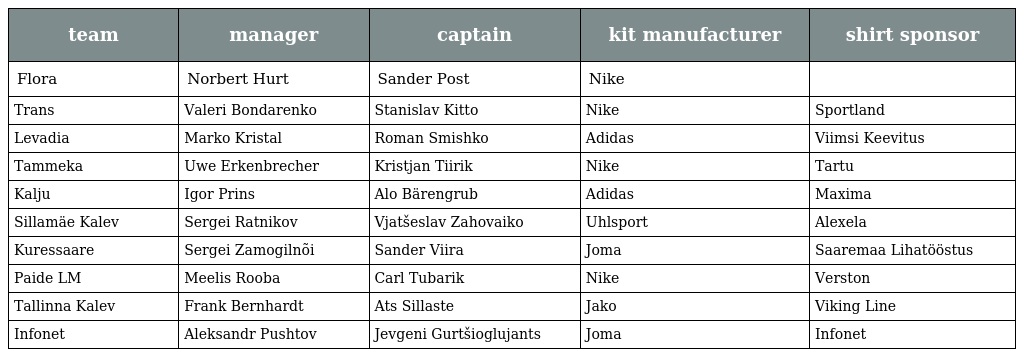
| team | manager | captain | kit manufacturer | shirt sponsor |
 | --- | --- | --- | --- | --- |
 | Flora | Norbert Hurt | Sander Post | Nike |  |
 | Trans | Valeri Bondarenko | Stanislav Kitto | Nike | Sportland |
 | Levadia | Marko Kristal | Roman Smishko | Adidas | Viimsi Keevitus |
 | Tammeka | Uwe Erkenbrecher | Kristjan Tiirik | Nike | Tartu |
 | Kalju | Igor Prins | Alo Bärengrub | Adidas | Maxima |
 | Sillamäe Kalev | Sergei Ratnikov | Vjatšeslav Zahovaiko | Uhlsport | Alexela |
 | Kuressaare | Sergei Zamogilnõi | Sander Viira | Joma | Saaremaa Lihatööstus |
 | Paide LM | Meelis Rooba | Carl Tubarik | Nike | Verston |
 | Tallinna Kalev | Frank Bernhardt | Ats Sillaste | Jako | Viking Line |
 | Infonet | Aleksandr Pushtov | Jevgeni Gurtšioglujants | Joma | Infonet |